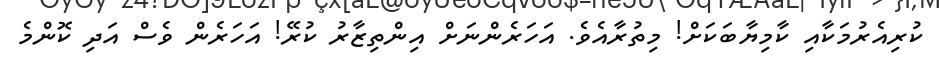
ކުރިއެރުމަކާއި ކާމިޔާބަކަށް! މިތުރާއެވެ. އަހަރެންނަށް އިންތިޒާރު ކުރޭ! އަހަރެން ވެސް އަދި ކޮންމެ